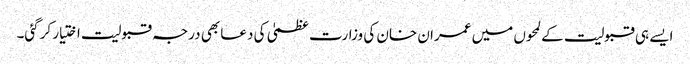
ایسے ہی قبولیت کے لمحوں میں عمران خان کی وزارت عظمیٰ کی دعا بھی درجہ قبولیت اختیار کرگئی۔